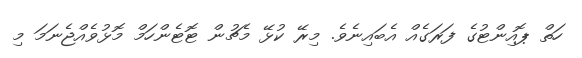
ހަތް ޕޮއިންޓުގެ ފަރަގެއް އެބައިނެވެ. މިރޭ ކުޅޭ މެޗުން ޓޮޓެންހަމް މޮޅުވެއްޖެނަމަ މި